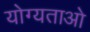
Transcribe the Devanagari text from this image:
योग्यताओ